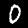
Digit: 0